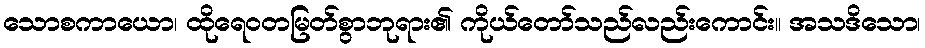
သောစကာယော၊ ထိုရေဝတမြတ်စွာဘုရား၏ ကိုယ်တော်သည်လည်းကောင်း။ အသဒိသော၊